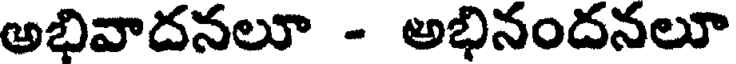
అభివాదనలూ - అభినందనలూ